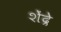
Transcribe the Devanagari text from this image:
शेंद्रे